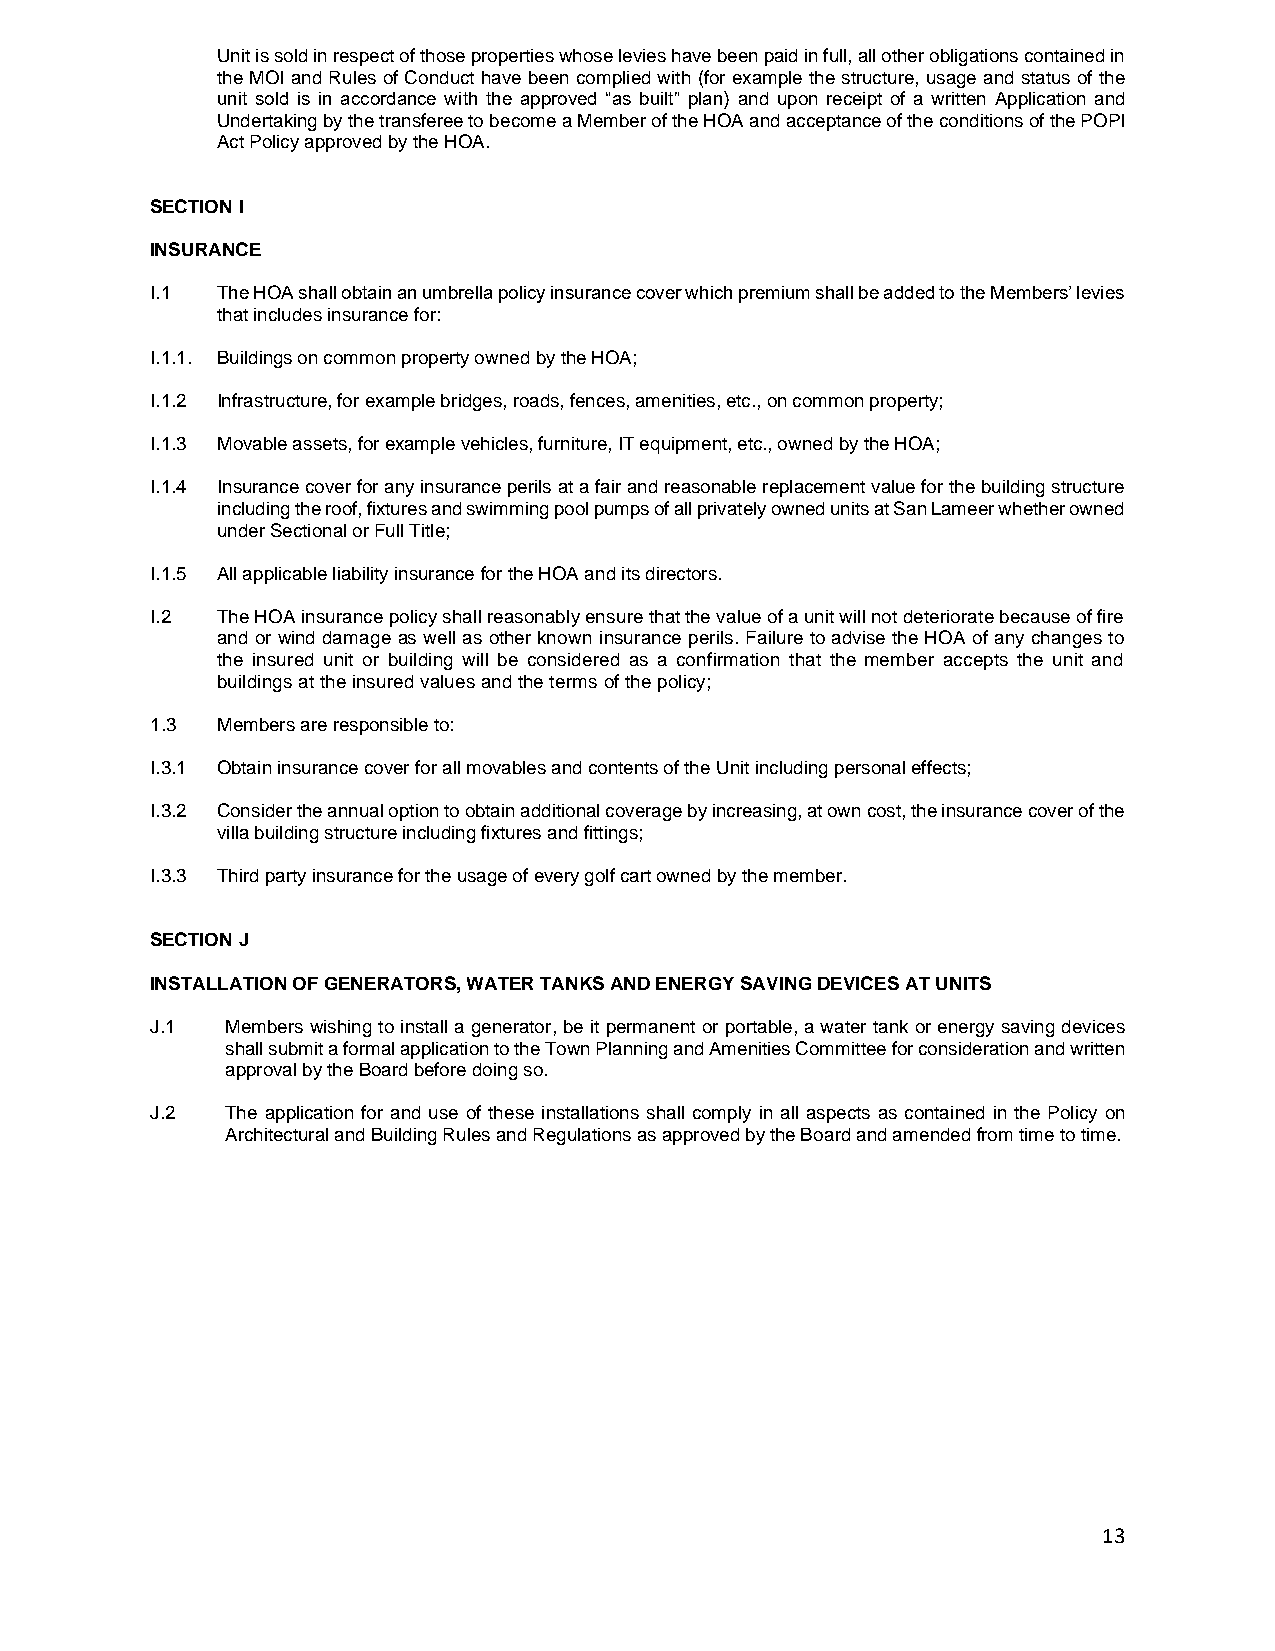
Unit is sold in respect of those properties whose levies have been paid in full, all other obligations contained in
 the MOI and Rules of Conduct have been complied with (for example the structure, usage and status of the
 unit sold is in accordance with the approved “as built” plan) and upon receipt of a written Application and
 Undertaking by the transferee to become a Member of the HOA and acceptance of the conditions of the POPI
 Act Policy approved by the HOA.
 SECTION I
 INSURANCE
 I.1 The HOA shall obtain an umbrella policy insurance cover which premium shall be added to the Members’ levies
 that includes insurance for:
 I.1.1. Buildings on common property owned by the HOA;
 I.1.2 Infrastructure, for example bridges, roads, fences, amenities, etc., on common property;
 I.1.3 Movable assets, for example vehicles, furniture, IT equipment, etc., owned by the HOA;
 I.1.4 Insurance cover for any insurance perils at a fair and reasonable replacement value for the building structure
 including the roof, fixtures and swimming pool pumps of all privately owned units at San Lameer whether owned
 under Sectional or Full Title;
 I.1.5 All applicable liability insurance for the HOA and its directors.
 I.2 The HOA insurance policy shall reasonably ensure that the value of a unit will not deteriorate because of fire
 and or wind damage as well as other known insurance perils. Failure to advise the HOA of any changes to
 the insured unit or building will be considered as a confirmation that the member accepts the unit and
 buildings at the insured values and the terms of the policy;
 1.3 Members are responsible to:
 I.3.1 Obtain insurance cover for all movables and contents of the Unit including personal effects;
 I.3.2 Consider the annual option to obtain additional coverage by increasing, at own cost, the insurance cover of the
 villa building structure including fixtures and fittings;
 I.3.3 Third party insurance for the usage of every golf cart owned by the member.
 SECTION J
 INSTALLATION OF GENERATORS, WATER TANKS AND ENERGY SAVING DEVICES AT UNITS
 J.1  Members wishing to install a generator, be it permanent or portable, a water tank or energy saving devices
 shall submit a formal application to the Town Planning and Amenities Committee for consideration and written
 approval by the Board before doing so.
 J.2  The application for and use of these installations shall comply in all aspects as contained in the Policy on
 Architectural and Building Rules and Regulations as approved by the Board and amended from time to time.
 13